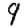
Digit: 9